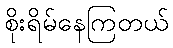
စိုးရိမ်နေကြတယ်